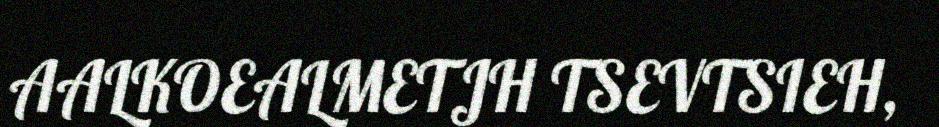
AALKOEALMETJH TSEVTSIEH,